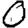
Digit: 0